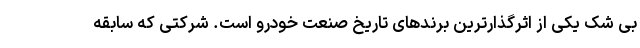
بی شک یکی از اثرگذارترین برندهای تاریخ صنعت خودرو است. شرکتی که سابقه